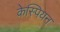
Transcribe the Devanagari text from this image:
केस्पियन